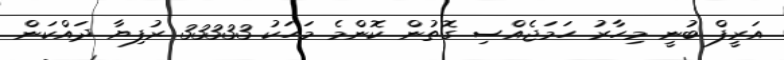
އަރީފް ބުނީ މިހާރު ހަމަޖެއްސި ގޮތުން ކޮންމެ މަހަކު 33333 ރުފިޔާ ދައްކަން